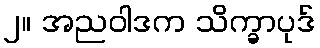
၂။ အညဝါဒက သိက္ခာပုဒ်